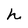
Character: h